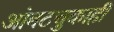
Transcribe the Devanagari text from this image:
आंबटचुकाही